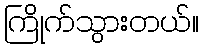
ကြိုက်သွားတယ်။